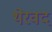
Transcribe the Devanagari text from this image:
थेरवद